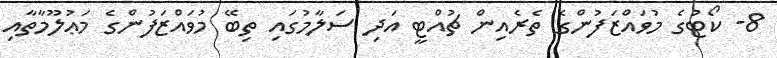
8- ކޯޓުގެ މުވައްޒަފުންގެ ތެރެއިން ޗުއްޓީ އަދި ސަލާމުގައި ތިބޭ މުވައްޒަފުންގެ މަޢުލޫމާތާއި